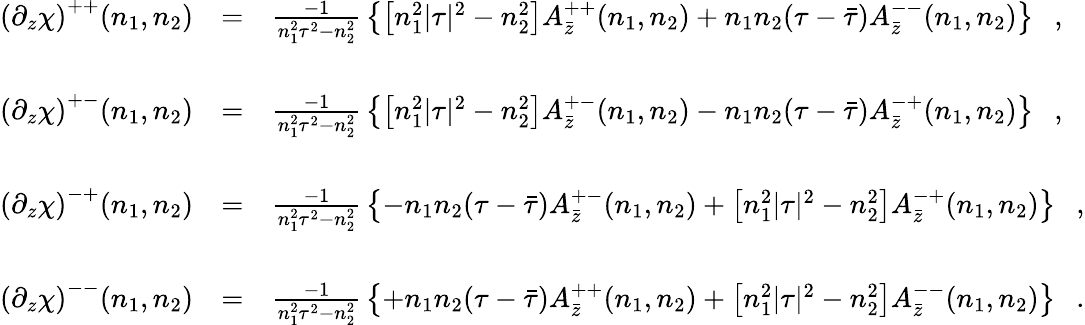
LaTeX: \begin{array}{rcl}{{\left(\partial_{z}\chi\right)^{++}(n_{1},n_{2})}}&{{=}}&{{\frac{-1}{n_{1}^{2}\tau^{2}-n_{2}^{2}}\, \left\{ \left[n_{1}^{2}|\tau|^{2}-n_{2}^{2}\right]A_{\bar{z}}^{++}(n_{1},n_{2})+n_{1}n_{2}(\tau-\bar{\tau})A_{\bar{z}}^{--}(n_{1},n_{2})\right\} \ \ \ ,}}\\ {{}}&{{}}&{{}}\\ {{\left(\partial_{z}\chi\right)^{+-}(n_{1},n_{2})}}&{{=}}&{{\frac{-1}{n_{1}^{2}\tau^{2}-n_{2}^{2}}\, \left\{ \left[n_{1}^{2}|\tau|^{2}-n_{2}^{2}\right]A_{\bar{z}}^{+-}(n_{1},n_{2})-n_{1}n_{2}(\tau-\bar{\tau})A_{\bar{z}}^{-+}(n_{1},n_{2})\right\} \ \ \ ,}}\\ {{}}&{{}}&{{}}\\ {{\left(\partial_{z}\chi\right)^{-+}(n_{1},n_{2})}}&{{=}}&{{\frac{-1}{n_{1}^{2}\tau^{2}-n_{2}^{2}}\, \left\{ -n_{1}n_{2}(\tau-\bar{\tau})A_{\bar{z}}^{+-}(n_{1},n_{2})+\left[n_{1}^{2}|\tau|^{2}-n_{2}^{2}\right]A_{\bar{z}}^{-+}(n_{1},n_{2})\right\} \ \ \ ,}}\\ {{}}&{{}}&{{}}\\ {{\left(\partial_{z}\chi\right)^{--}(n_{1},n_{2})}}&{{=}}&{{\frac{-1}{n_{1}^{2}\tau^{2}-n_{2}^{2}}\, \left\{ +n_{1}n_{2}(\tau-\bar{\tau})A_{\bar{z}}^{++}(n_{1},n_{2})+\left[n_{1}^{2}|\tau|^{2}-n_{2}^{2}\right]A_{\bar{z}}^{--}(n_{1},n_{2})\right\} \ \ \ .}}\end{array}